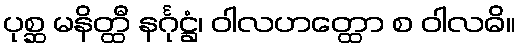
ပုစ္ဆ မနိတ္ထီ နင်္ဂုဋ္ဌံ၊ ဝါလဟတ္ထော စ ဝါလဓိ။